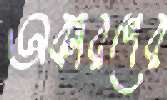
অকারণের